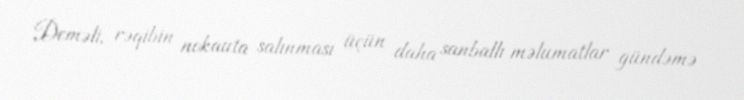
Deməli, rəqibin nokauta salınması üçün daha sanballı məlumatlar gündəmə